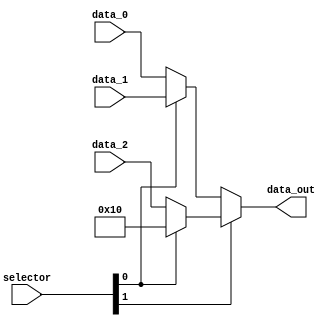
module mux_ShiftQtd(
    input wire [1:0] selector,
    input wire [4:0] data_0,
    input wire [4:0] data_1,
    input wire [4:0] data_2,
    output wire [4:0] data_out
);

    wire [4:0] A1;
    wire [4:0] A2;

    assign A1 = (selector[0]) ? data_1 : data_0;
    assign A2 = (selector[0]) ? 5'b10000 : data_2;
    assign data_out = (selector[1]) ? A2 : A1;

endmodule